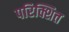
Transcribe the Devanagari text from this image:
परिक्शित